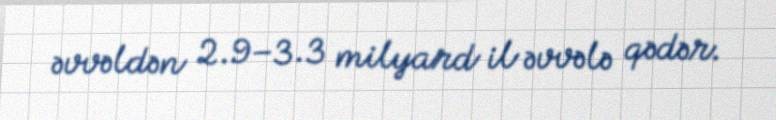
əvvəldən 2.9–3.3 milyard il əvvələ qədər.